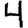
Digit: 4